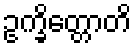
ဥက္ခိတ္တောတိ